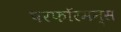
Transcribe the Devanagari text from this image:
परफॉरमन्स